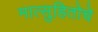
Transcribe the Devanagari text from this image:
मात्सुहितोचे